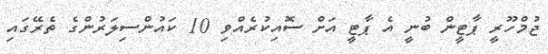
ޖުމްހޫރީ ޕާޓީން ބުނީ އެ ޕާޓީ އަށް ސޮއިކުރެއްވި 10 ކައުންސިލަރުންގެ ތެރޭގައި